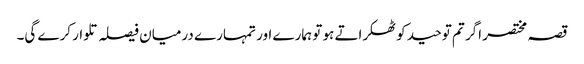
قصہ مختصر اگر تم توحید کو ٹھکراتے ہو تو ہمارے اور تمہارے درمیان فیصلہ تلوار کرے گی۔